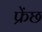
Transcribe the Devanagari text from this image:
फ्रेंछ